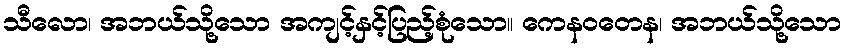
သီလော၊ အဘယ်သို့သော အကျင့်နှင့်ပြည့်စုံသော။ ကေနဝတေန၊ အဘယ်သို့သော